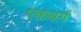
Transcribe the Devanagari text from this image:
एकवर्ग